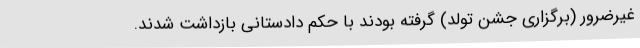
غیرضرور (برگزاری جشن تولد) گرفته بودند با حکم دادستانی بازداشت شدند.